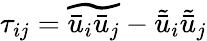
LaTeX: {\tau_{ij}}=\widetilde{{{\bar{u}}_{i}}{{\bar{u}}_{j}}}-{\tilde{\bar{u}}_{i}}{\tilde{\bar{u}}_{j}}